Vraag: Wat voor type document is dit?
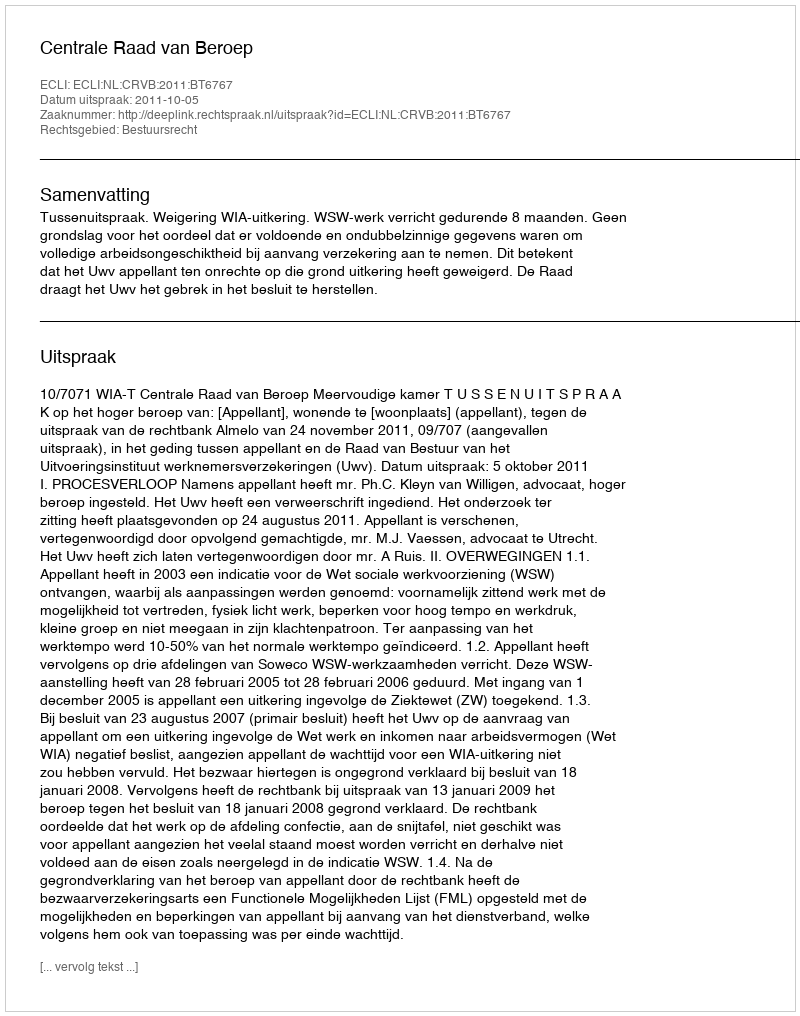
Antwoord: Uitspraak